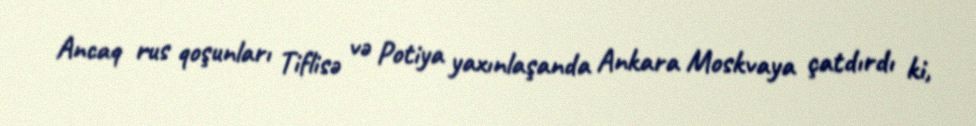
Ancaq rus qoşunları Tiflisə və Potiya yaxınlaşanda Ankara Moskvaya çatdırdı ki,